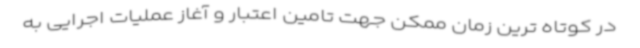
در کوتاه ترین زمان ممکن جهت تامین اعتبار و آغاز عملیات اجرایی به